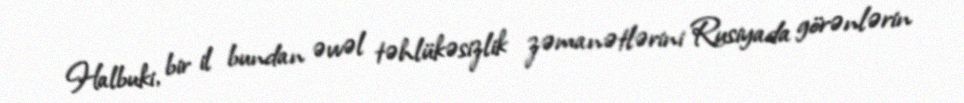
Halbuki, bir il bundan əvvəl təhlükəsizlik zəmanətlərini Rusiyada görənlərin